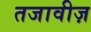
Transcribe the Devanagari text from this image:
तजावीज़